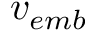
v _ { e m b }